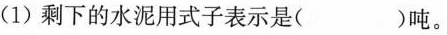
(1)剩下的水泥用式子表示是( )吨。